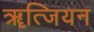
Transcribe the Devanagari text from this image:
ॠत्जियन